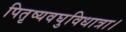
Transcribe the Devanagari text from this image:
पितृष्यवघुविधात्रा।